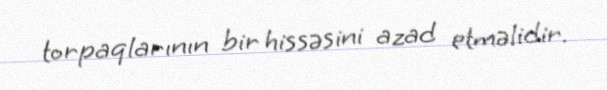
torpaqlarının bir hissəsini azad etməlidir.